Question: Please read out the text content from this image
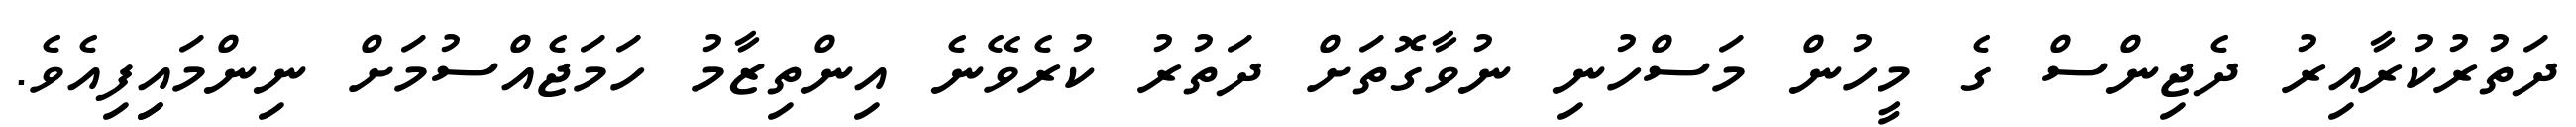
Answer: ދަތުރުކުރާއިރު ދެޖިންސް ގެ މީހުން މަސްހުނި ނުވާގޮތަށް ދަތުރު ކުރެވޭނެ އިންތިޒާމު ހަމަޖެއްސުމަށް ނިންމައިިފިއެވެ.